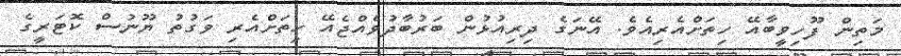
މަތިން ފޫހިވީބާއޭ ހިތަށްއެރިއެވެ. އޭނަގެ ދިރިއުޅުން ބަރުބާދުވެއްޖެއޭ ހިތަށްއެރި ވަގުތު ޔޫނުސް ކޮޓަރީގެ